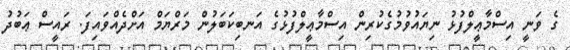
ގެ ވަނީ އިސްމާޢީލްފުޅު ނިޔައުވުމުގެކުރިން އިސްމާޢީލްފުޅުގެ އަނބިކަބަލުން މަރްޔަމް އަށްދެއްވައިފަ. ރައީސް ޢަބުދު